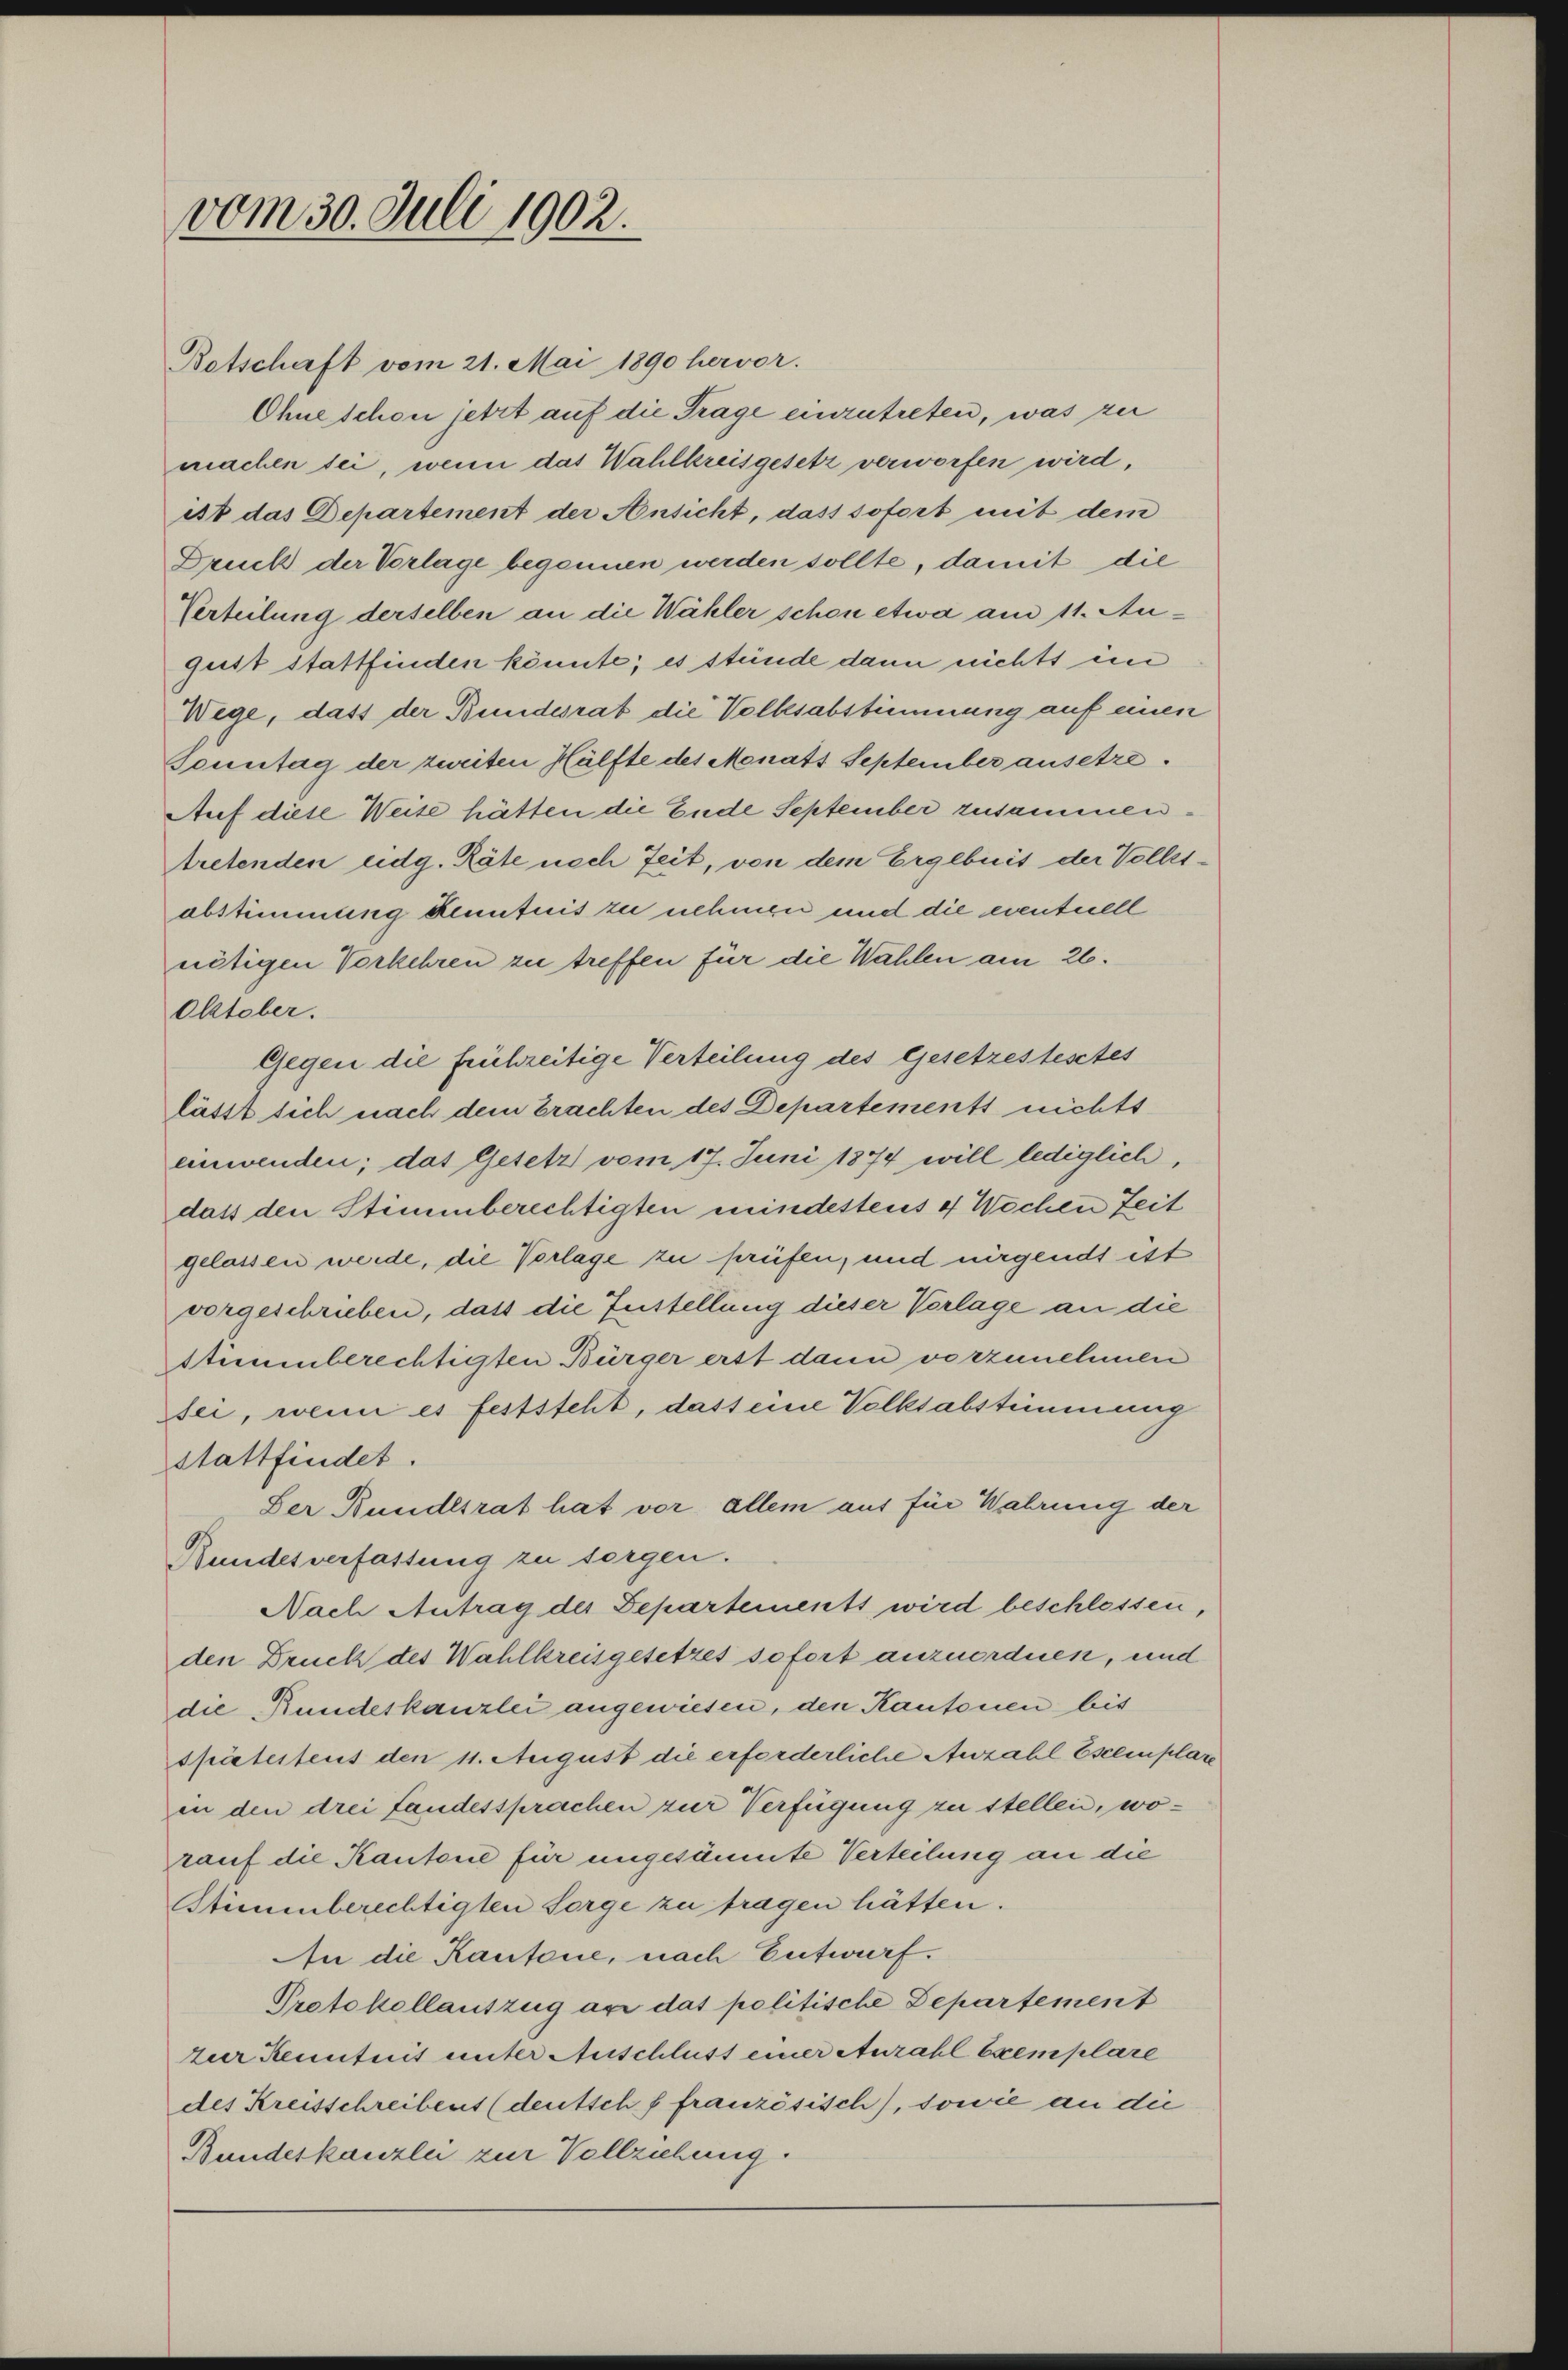
vom 30. Juli 1902.

Betschaft vom 21. Mai 1890 hervor.
Ohne schon jetzt auf die Trage einzutreten, was zu
machen sei, wenn das Wahlkreisgesetz verworfen wird,
ist das Departement der Ansicht, dass sofort mit dem
Druck der Vorlage begonnen werden sollte, damit die
Verteilung derselben an die Wähler schon etwa am 11. August stattfinden könnte; es stünde dann nichts in
Wege, dass der Bundesrat die Volksabstimmung auf einen
Sonntag der zweiten Hälfte des Monats September ansetze.
Auf diese Weise hätten die Ende September zusammentretenden eidg. Räte nach Zeit, von dem Ergebnis der Vollstabstimmung kenntnis zu nehmen und die eventuell
nötigen Vorkehren zu treffen für die Wahlen am 26.
Oktober.
Gegen die frühzeitige Verteilung des Gesetzestesstes
lässt sich nach dem brachten des Departements nichts
einwenden; das Gesetz vom 17. Juni 1874 will lediglich,
dass den Stimmberechtigten mindesteus 4 Wochen Zeit
gelassen werde, die Vorlage zu prüfen, und nirgends ist
vorgeschrieben, daß die Zustellung dieser Vorlage an die
stimmberechtigten Bürger erst dann vorzunehmen
Bei, wenn es feststeht, dass eine Volksabstimmung
stattfindet.
Der Bundesrat hat vor allem aus für Wahrung der
Bundesverfassung zu sorgen.
Nach Antrag der Departements wird beschlossen,
den Druck des Wahlkreisgesetzes sofort anzuordnen, und
die Rundeskanzlei angewiesen, den Kantonen bis
spätestens den 11. August die erforderliche Anzahl Escemplare
in den drei fandessprachen zur Verfügung zu stellen, worauf die Kantone für ungesäumte Verteilung an die
Stimmberechtigten Sorge zu tragen hätten.
An die Kantone, nach Entwurf.
Protokollauszug an das politische Departement
zur Kenntnis unter Anschluss einer Aurahl Exemplare
des Kreisschreibens (deutsch f französisch), sowie an die
Bundeskanzlei zur Vollziehung.